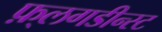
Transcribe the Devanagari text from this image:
फ़्लगडीन्स्ट